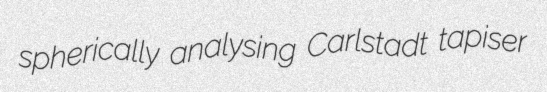
spherically analysing Carlstadt tapiser